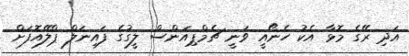
އަދި ރޭގެ މޮޅާ އެކު ހެނޯއީ ވަނީ ޗެމްޕިއަންސް ލީގުގެ ފައިނަލް ޕްލޭއޮފަށް